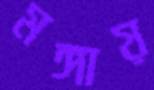
মঙ্গায়